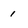
Character: i